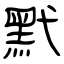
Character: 黓